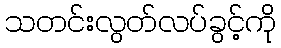
သတင်းလွတ်လပ်ခွင့်ကို